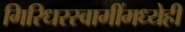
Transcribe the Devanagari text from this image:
गिरिधरस्वामींमध्येही